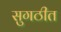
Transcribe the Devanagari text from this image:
सुगठीत